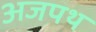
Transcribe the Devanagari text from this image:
अजपथ